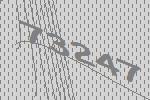
73247